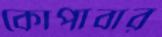
কোপাবার